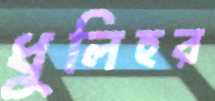
ধুলিহর